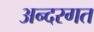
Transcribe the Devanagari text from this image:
अन्दरगत